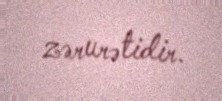
zərurətidir.